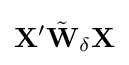
\mathbf {X} '{\tilde {\mathbf {W} }}_{\delta }\mathbf {X}